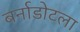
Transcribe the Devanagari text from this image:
बर्नाडोटला